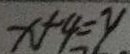
x + 4 = y